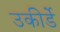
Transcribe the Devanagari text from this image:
उकीर्डे